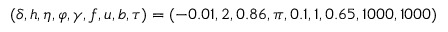
( \delta , h , \eta , \varphi , \gamma , f , u , b , \tau ) = ( - 0 . 0 1 , 2 , 0 . 8 6 , \pi , 0 . 1 , 1 , 0 . 6 5 , 1 0 0 0 , 1 0 0 0 )